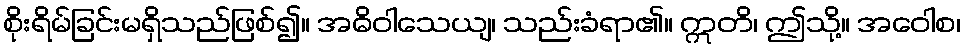
စိုးရိမ်ခြင်းမရှိသည်ဖြစ်၍။ အဓိဝါသေယျ၊ သည်းခံရာ၏။ ဣတိ၊ ဤသို့။ အဝေါစ၊